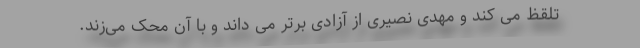
تلقظ می کند و مهدی نصیری از آزادی برتر می داند و با آن محک می‌زند.